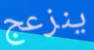
ينزعج